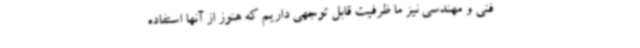
فنی و مهندسی نیز ما ظرفیت قابل توجهی داریم که هنوز از آنها استفاده